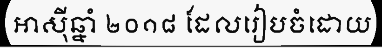
អាស៊ីឆ្នាំ ២០១៨ ដែលរៀបចំដោយ